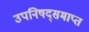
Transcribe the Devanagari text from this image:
उपनिषद्समाप्त